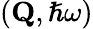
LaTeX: (\mathbf{Q},\hslash\omega)